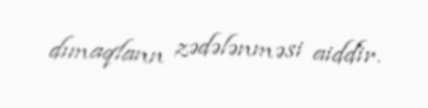
dımaqlann zədələnməsi aiddir.